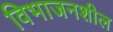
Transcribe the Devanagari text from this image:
विभाजनशील